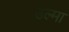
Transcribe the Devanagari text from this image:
उल्मा